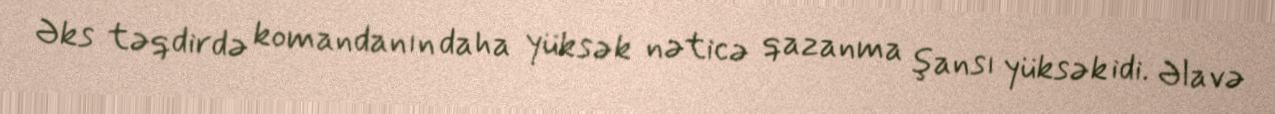
Əks təqdirdə komandanın daha yüksək nəticə qazanma şansı yüksək idi. Əlavə